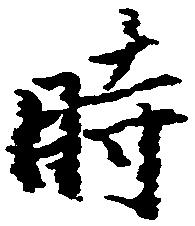
時